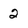
Character: 2